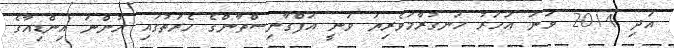
އަދި 2014 ވަނަ އަހަރު ހަނގުރާމަވެރިޔަ ވަނީ އަފްގާނިސްތާންގެ ހެރަތުގައި ހުންނަ އިންޑިއާގެ